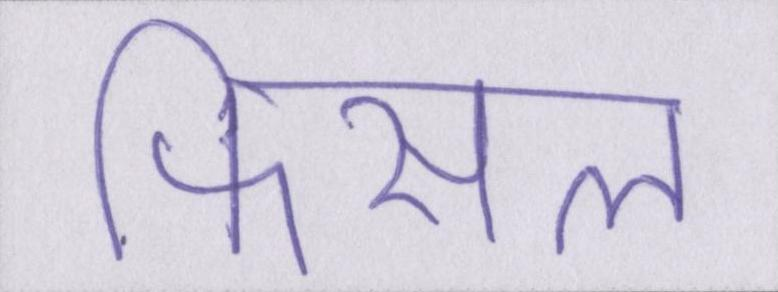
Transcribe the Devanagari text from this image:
फिसल